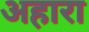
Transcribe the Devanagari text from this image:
अहारा